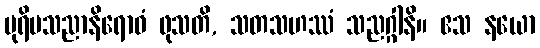
ပုရိမသညာနိရောဓံ ဖုသတိ, သတသဟဿံ သညဂ္ဂါနိ။ ဧသ နယော